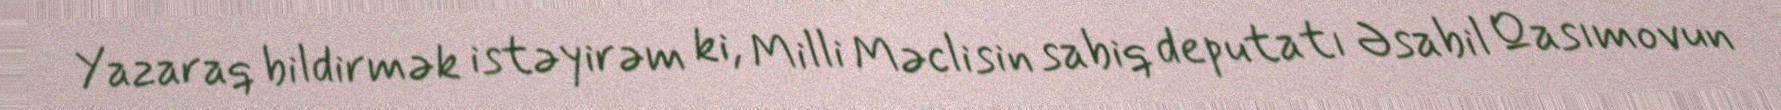
Yazaraq bildirmək istəyirəm ki, Milli Məclisin sabiq deputatı Əsabil Qasımovun